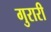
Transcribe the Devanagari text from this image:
गुरारी